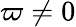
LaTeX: \varpi\neq 0